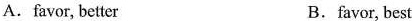
A.favor, better B.favor, best